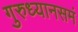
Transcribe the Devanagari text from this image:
गुरुध्यानसमं